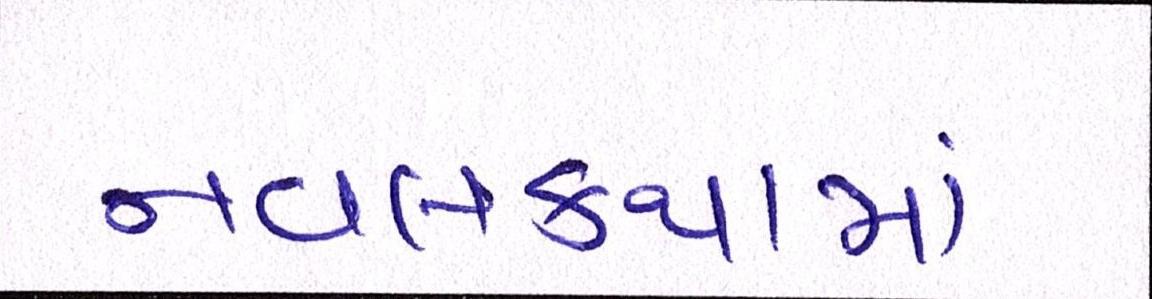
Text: નવલકથામાં